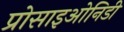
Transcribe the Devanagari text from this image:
प्रोसाइओनिडी